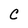
Character: C